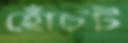
হোঁচট